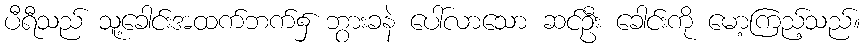
ပီရီသည် သူ့ခေါင်းအထက်ဘက်၌ ဘွားခနဲ ပေါ်လာသော ဆင်ဦး ခေါင်းကို မော့ကြည့်သည်။